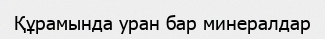
Құрамында уран бар минералдар